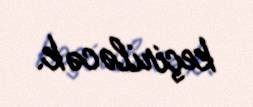
keçiriləcək.